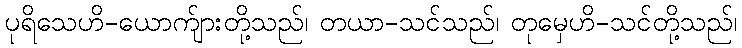
ပုရိသေဟိ-ယောက်ျားတို့သည်၊ တယာ-သင်သည်၊ တုမှေဟိ-သင်တို့သည်၊